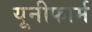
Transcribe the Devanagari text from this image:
यूनीफार्म